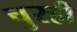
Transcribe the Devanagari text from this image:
चुरही